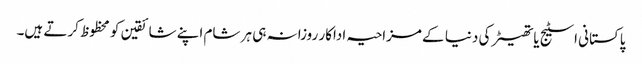
پاکستانی اسٹیج یا تھیٹر کی دنیا کے مزاحیہ اداکار روزانہ ہی ہر شام اپنے شائقین کو محظوظ کرتے ہیں۔